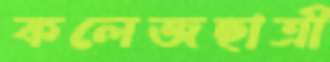
কলেজছাত্রী